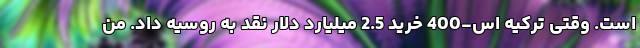
است. وقتی ترکیه اس-400 خرید 2.5 میلیارد دلار نقد به روسیه داد. من